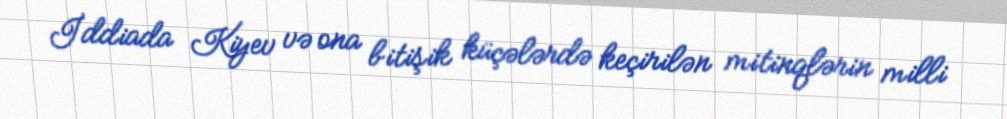
İddiada Kiyev və ona bitişik küçələrdə keçirilən mitinqlərin milli